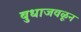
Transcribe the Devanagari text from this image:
बुधाजवळून